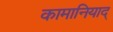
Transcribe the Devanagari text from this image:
कामानियाद्